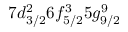
7 d _ { 3 / 2 } ^ { 2 } 6 f _ { 5 / 2 } ^ { 3 } 5 g _ { 9 / 2 } ^ { 9 }